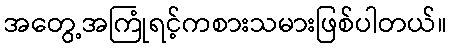
အတွေ့အကြုံရင့်ကစားသမားဖြစ်ပါတယ်။